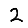
Digit: 2